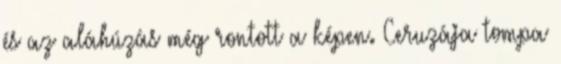
és az aláhúzás még rontott a képen. Ceruzája tompa